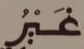
غير